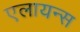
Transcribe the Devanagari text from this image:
एलायन्स